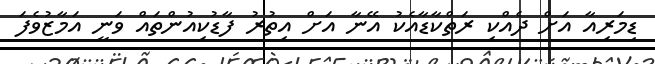
ޑިމަރިއާ އަށް ދެއްކި ރަތްކާޑާއެކު އޭނާ އަށް އިތުރު ފާޑުކިއުންތައް ވަނީ އަމާޒުވެފަ